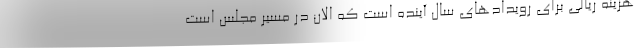
هزینه ریالی برای رویدادهای سال آینده است که الان در مسیر مجلس است